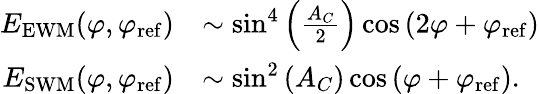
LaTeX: \begin{array}{rl}{E_{\mathrm{EWM}}(\varphi,\varphi_{\mathrm{ref}})}&{\sim\sin^{4}\left(\frac{A_{C}}{2}\right)\cos\left(2\varphi+\varphi_{\mathrm{ref}}\right)}\\ {E_{\mathrm{SWM}}(\varphi,\varphi_{\mathrm{ref}})}&{\sim\sin^{2}\left(A_{C}\right)\cos\left(\varphi+\varphi_{\mathrm{ref}}\right).}\end{array}